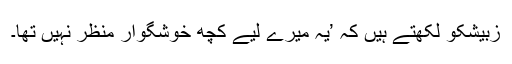
زبیشکو لکھتے ہیں کہ ’یہ میرے لیے کچھ خوشگوار منظر نہیں تھا۔